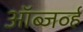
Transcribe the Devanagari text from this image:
ऑब्जर्व्ह